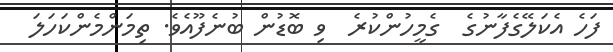
ފަހެ އެކަލޭގެފާނުގެ  ގެމީހުންކުރެ  ވި ބޮޑުން ބުނެފޫއެވެ. ތިމަންމެންކަހަލަ